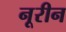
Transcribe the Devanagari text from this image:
नूरीन